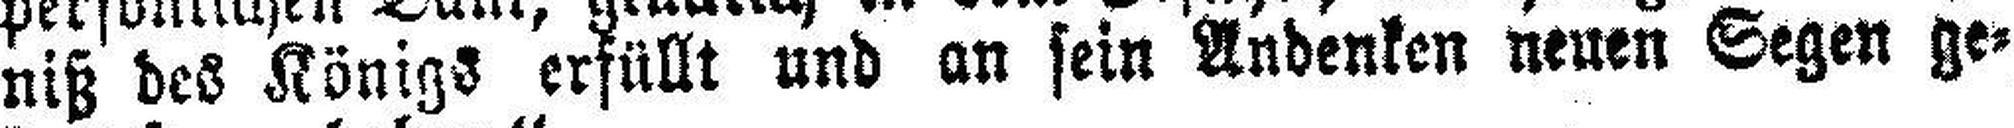
niß des Königs erfüllt und an sein Andenken neuen Segen ge¬